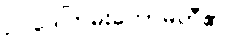
ဥပဒေကြမ်းကော်မတီ၏